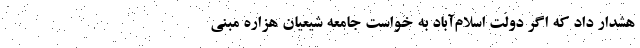
هشدار داد که اگر دولت اسلام‌آباد به خواست جامعه شیعیان هزاره مبنی